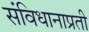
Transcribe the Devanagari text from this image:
संविधानाप्रती